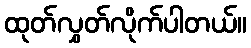
ထုတ်လွှတ်လိုက်ပါတယ်။